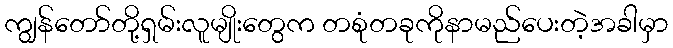
ကျွန်တော်တို့ရှမ်းလူမျိုးတွေက တစုံတခုကိုနာမည်ပေးတဲ့အခါမှာ